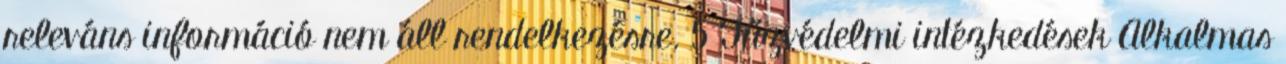
releváns információ nem áll rendelkezésre. 5 Tűzvédelmi intézkedések Alkalmas